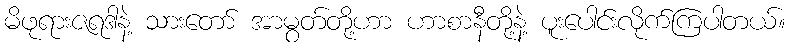
မိဖုရားဇရဒါနဲ့ သားတော် အာမွတ်တို့ဟာ ဟာစာနီတို့နဲ့ ပူးပေါင်းလိုက်ကြပါတယ်။